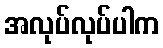
အလုပ်လုပ်ပါက